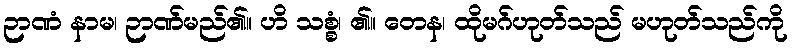
ဉာဏံ နာမ၊ ဉာဏ်မည်၏။ ဟိ သစ္စံ၊ ၏။ တေန၊ ထိုမဂ်ဟုတ်သည် မဟုတ်သည်ကို